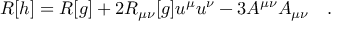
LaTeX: R [ h ] = R [ g ] + 2 R _ { \mu \nu } [ g ] u ^ { \mu } u ^ { \nu } - 3 A ^ { \mu \nu } A _ { \mu \nu } ~ ~ ~ .